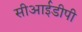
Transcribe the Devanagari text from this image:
सीआईडीपी